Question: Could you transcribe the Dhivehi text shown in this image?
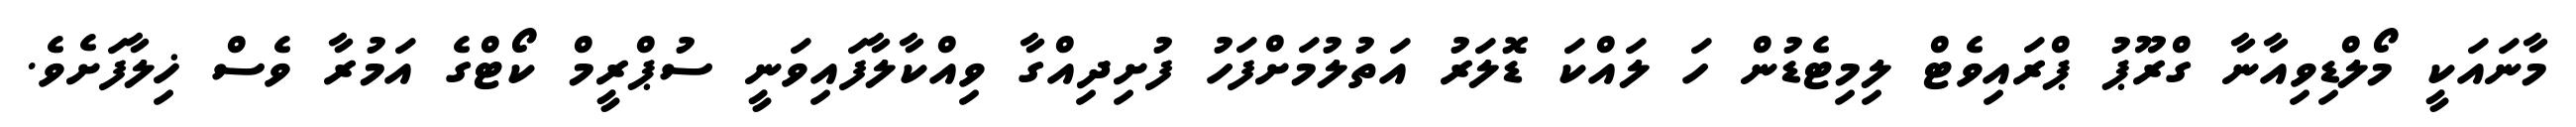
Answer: މާނައަކީ މޯލްޑިވިއާނާ ގްރޫޕު ޕްރައިވެޓް ލިމިޓެޑުން ހަ ލައްކަ ޑޮލަރު އަތުލުމަށްފަހު ފުށިދިއްގާ ވިއްކާލާފައިވަނީ ސުޕްރީމް ކޯޓްގެ އަމުރާ ވެސް ޚިލާފަށެވެ.